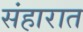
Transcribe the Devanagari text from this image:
संहारात